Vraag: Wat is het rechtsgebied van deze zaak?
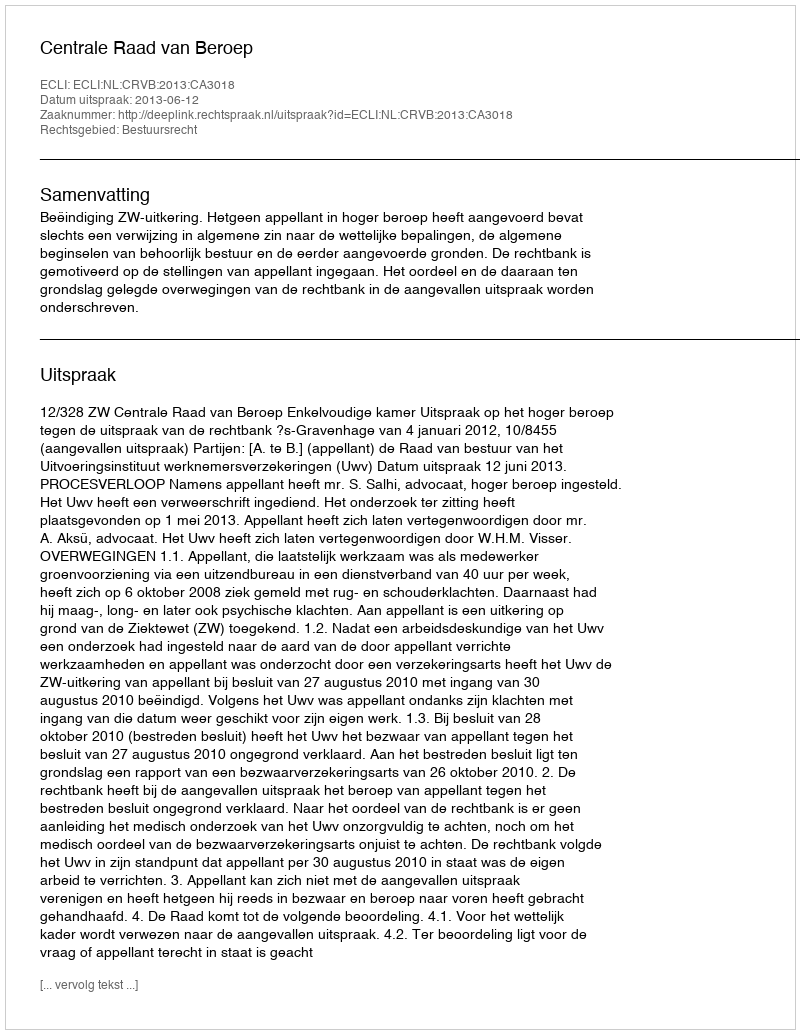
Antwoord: Bestuursrecht